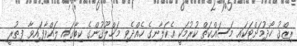
ރިޒްޤު ހޯދުމަށްޓަކައި މަސައްކަތް ކުރުމަކީ އެކަލާނގެ ހެއްދެވި މަޚްލޫޤުންގެ ކިބާގައި ލައްވާފައިވާ ފިޠުރީ